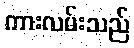
ကားလမ်းသည်